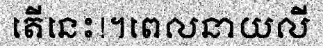
តើនេះ!។ពេលនាយលី